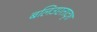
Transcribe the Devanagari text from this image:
बलिउएतादृश